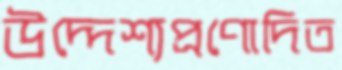
উদ্দেশ্যপ্রণোদিত